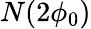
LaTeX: N(2\phi_{0})